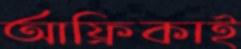
আফ্রিকাই